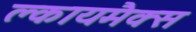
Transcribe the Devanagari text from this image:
क्लायमैक्स